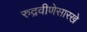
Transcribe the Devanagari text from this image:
रुद्रवीणेसारखे